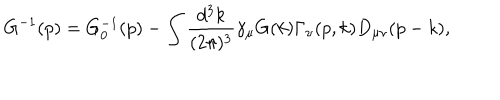
G ^ { - 1 } ( p ) = G _ { 0 } ^ { - 1 } ( p ) - \int \frac { d ^ { 3 } k } { ( 2 \pi ) ^ { 3 } } \gamma _ { \mu } G ( k ) \Gamma _ { \nu } ( p , k ) D _ { \mu \nu } ( p - k ) ,